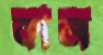
কাজ